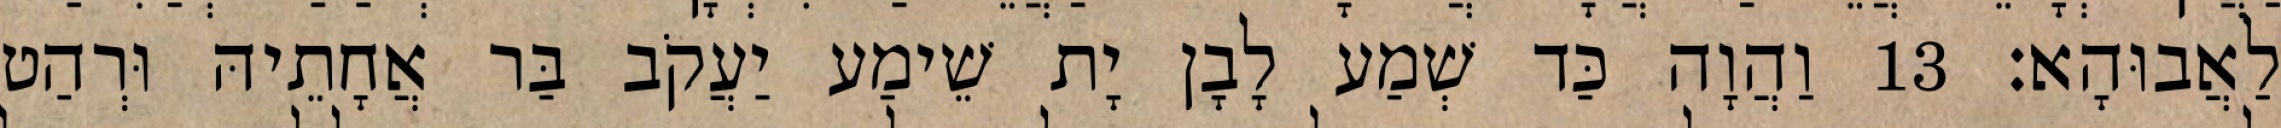
לַאֲבוּהָא׃ 13 וַהֲוָה כַּד שְׁמַע לָבָן יָת שֵׁימַע יַעֲקֹב בַּר אֲחָתֵיהּ וּרְהַט